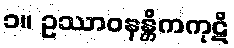
၁။ ဥဿာဝနန္တိကကုဋိ